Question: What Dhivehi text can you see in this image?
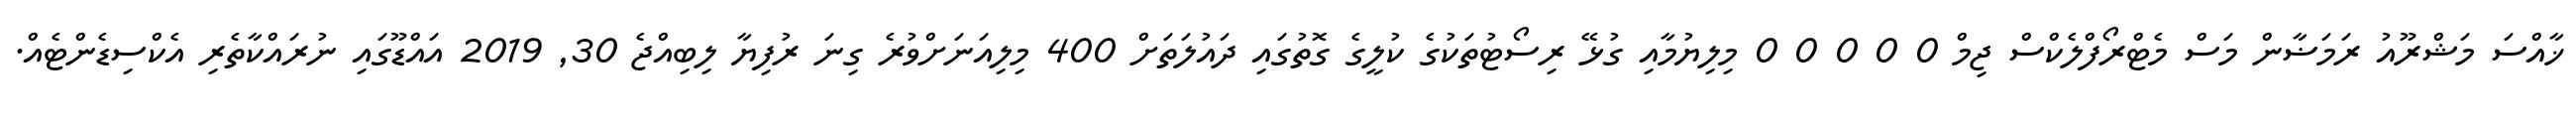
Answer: ޚާއްސަ މަޝްރޫއު ރަމަޟާން މަސް މެޓްރޯފްލެކްސް ޖިމް 0 0 0 0 0 މިލިޔުމާއި ގުޅޭ ރިސޯޓުތަކުގެ ކުލީގެ ގޮތުގައި ދައުލަތަށް 400 މިލިއަނަށްވުރެ ގިނަ ރުފިޔާ ލިބިއްޖެ 30, 2019 އައްޑޫގައި ނުރައްކާތެރި އެކްސިޑެންޓެއް.